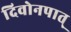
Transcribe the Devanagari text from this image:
दिवोनपात्